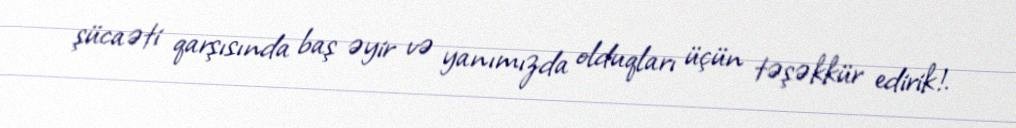
şücaəti qarşısında baş əyir və yanımızda olduqları üçün təşəkkür edirik!.